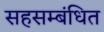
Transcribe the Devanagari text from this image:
सहसम्बंधित